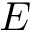
E